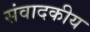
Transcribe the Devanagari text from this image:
संवादकीय